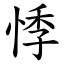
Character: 悸